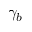
\gamma _ { b }